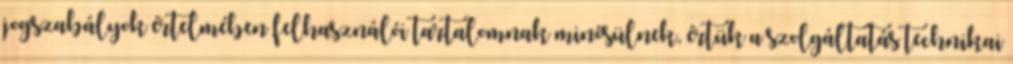
jogszabályok értelmében felhasználói tartalomnak minősülnek, értük a szolgáltatás technikai